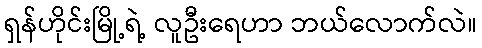
ရှန်ဟိုင်းမြို့ရဲ့ လူဦးရေဟာ ဘယ်လောက်လဲ။